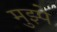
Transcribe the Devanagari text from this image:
मुझ्पे